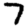
Digit: 7